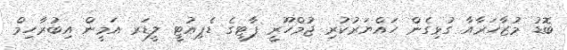
ބޮޑު މުޒާހަރާއާ ގުޅިގެން ހައްޔަރުކުރި ޖުމްހޫރީ ޕާޓީގެ ޑެޕިއުޓީ ލީޑަރ އަމީން އިބުރާހިމް